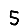
Digit: 5